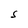
Character: S